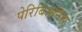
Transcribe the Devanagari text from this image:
पेरिबियनिस